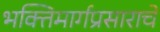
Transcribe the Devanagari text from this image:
भक्तिमार्गप्रसाराचे